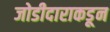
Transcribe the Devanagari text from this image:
जोडीदाराकडून